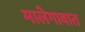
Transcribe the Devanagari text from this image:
मालेगावात